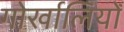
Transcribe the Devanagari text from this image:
गोर्खालियोँ